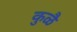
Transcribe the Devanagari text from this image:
कुळै